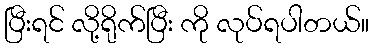
ပြီးရင် လို့ရိုက်ပြီး ကို လုပ်ရပါတယ်။